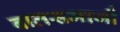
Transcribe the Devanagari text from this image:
बालसमाजों